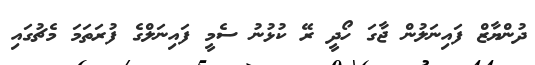
ދުންޔާޒް ފައިނަލުން ޖާގަ ހޯދީ ރޭ ކުޅުނު ސެމީ ފައިނަލްގެ ފުރަތަމަ މެޗުގައި